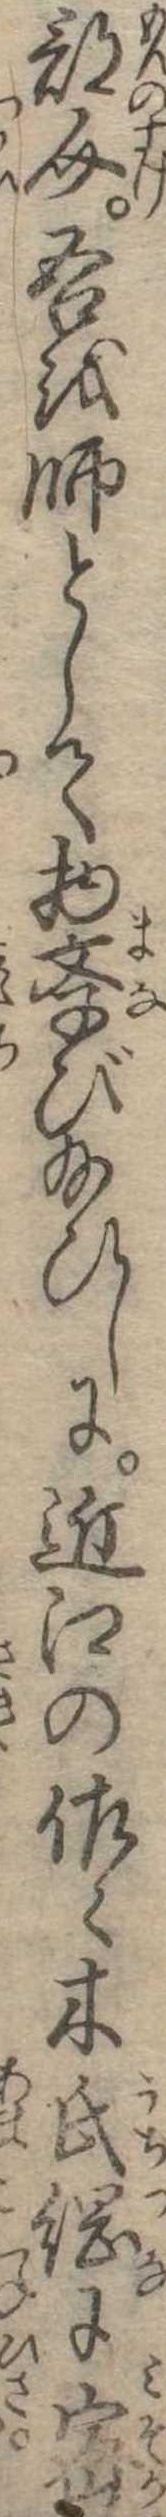
部介吾を師として物学び給ひしに近江の佐木氏綱に密